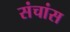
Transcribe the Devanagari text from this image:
संचांस